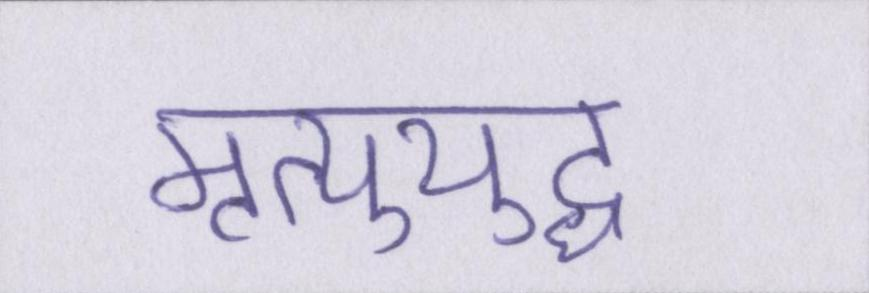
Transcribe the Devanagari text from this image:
मृत्युयुद्ध